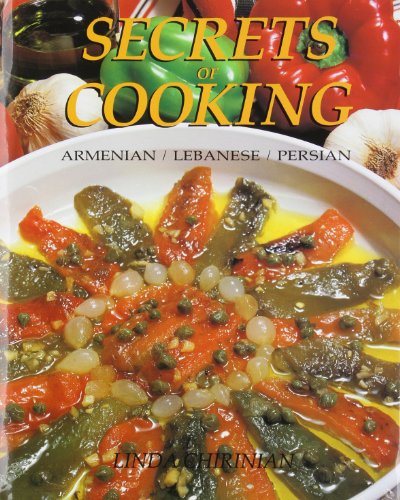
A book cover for Secrets of Cooking: Armenian/Lebanese/Persian; Linda Chirinian; Cookbooks, Food & Wine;